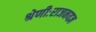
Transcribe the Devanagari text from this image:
श्रेणीःराजनयज्ञ